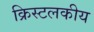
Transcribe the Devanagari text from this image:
क्रिस्टलकीय